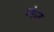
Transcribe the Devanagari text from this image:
मंउ